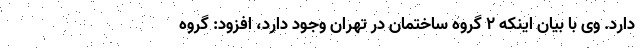
دارد. وی با بیان اینکه ۲ گروه ساختمان در تهران وجود دارد، افزود: گروه